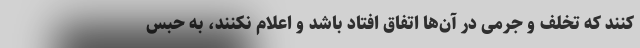
کنند که تخلف و جرمی در آن‌ها اتفاق افتاد باشد و اعلام نکنند، به حبس